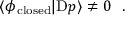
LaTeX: \langle \phi _ { \mathrm { \, c l o s e d } } | \mathrm { D } p \rangle \not = 0 ~ ~ .